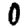
Digit: 0